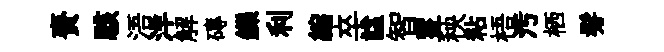
賚駭浯洋解磚鑠利縮卒諡智罣秧粘梧汚栖髣